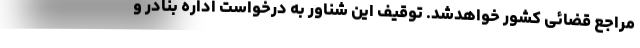
مراجع قضائی کشور خواهدشد. توقیف این شناور به درخواست اداره بنادر و